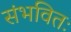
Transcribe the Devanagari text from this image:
संभवितः